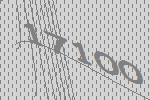
17100